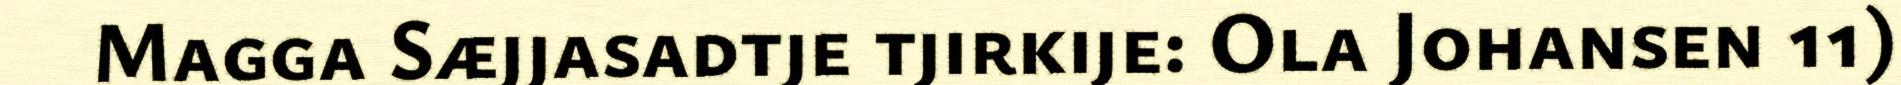
Magga Sæjjasadtje tjirkije: Ola Johansen 11)